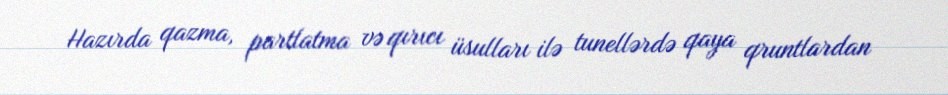
Hazırda qazma, partlatma və qırıcı üsulları ilə tunellərdə qaya qruntlardan